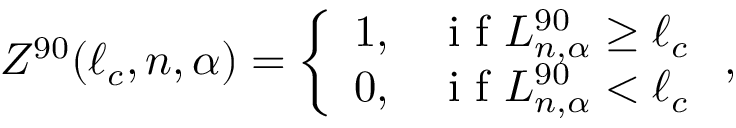
Z ^ { 9 0 } ( \ell _ { c } , n , \alpha ) = \left\{ \begin{array} { l l } { 1 , } & { \mathrm { ~ i ~ f ~ } L _ { n , \alpha } ^ { 9 0 } \geq \ell _ { c } } \\ { 0 , } & { \mathrm { ~ i ~ f ~ } L _ { n , \alpha } ^ { 9 0 } < \ell _ { c } } \end{array} \right. ,